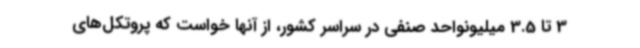
3 تا 3.5 میلیونواحد صنفی در سراسر کشور، از آنها خواست که پروتکل‌های